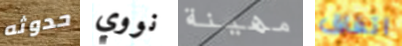
حدوثه نووي مهينة اتفاق